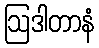
ဩဒါတာနံ